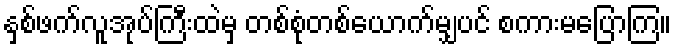
နှစ်ဖက်လူအုပ်ကြီးထဲမှ တစ်စုံတစ်ယောက်မျှပင် စကားမပြောကြ။